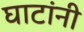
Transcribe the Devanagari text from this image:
घाटांनी